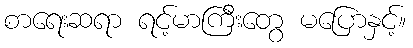
စာရေးဆရာ ရင့်မာကြီးတွေ မပြောနှင့်။